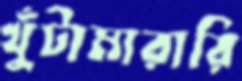
খুঁটামারারি